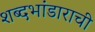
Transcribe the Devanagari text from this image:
शब्दभांडाराची